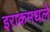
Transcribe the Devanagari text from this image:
इराकमधले